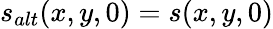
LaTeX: s_{alt}(x,y,0)=s(x,y,0)